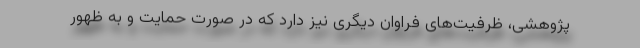
پژوهشی، ظرفیت‌های فراوان دیگری نیز دارد که در صورت حمایت و به ظهور